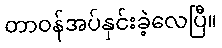
တာဝန်အပ်နှင်းခဲ့လေပြီ။